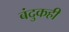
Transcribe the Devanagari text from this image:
बंदुकही